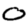
Digit: 0